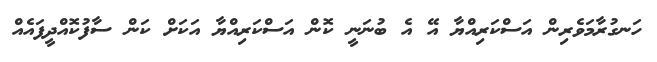
ހަނގުރާމަވެރިން އަސްކަރިއްޔާ އޭ އެ ބުނަނީ ކޮން އަސްކަރިއްޔާ އަކަށް ކަން ސާފުކޮއްދީފައެއް